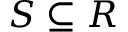
S \subseteq R